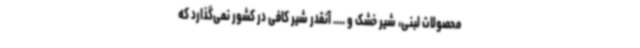
محصولات لبنی، شیر خشک و .... آنقدر شیر کافی در کشور نمی‌گذارد که